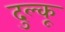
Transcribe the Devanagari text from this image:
दुल्कू